Indian Medical Review
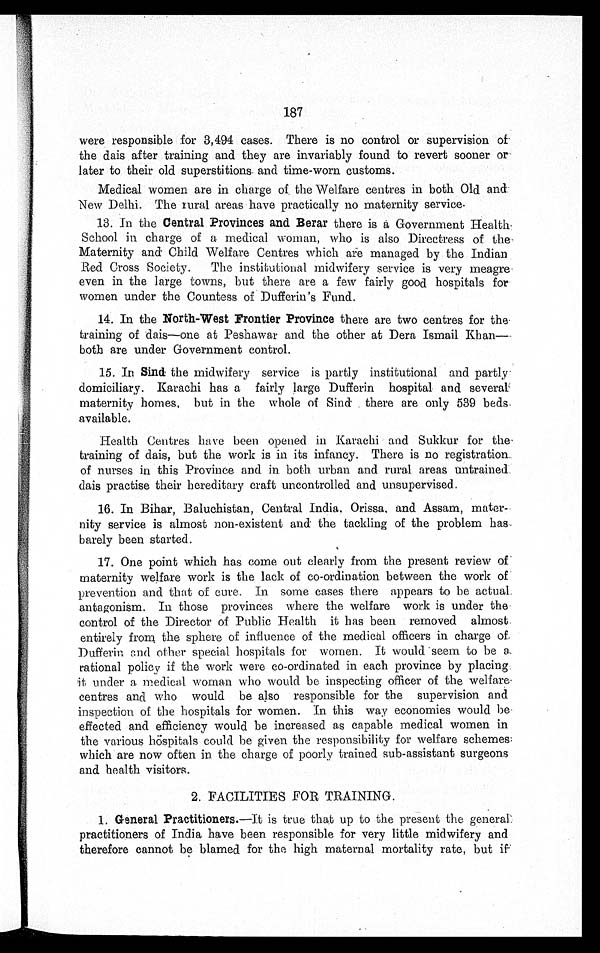
187
were responsible for 3,494 cases. There is no control or supervision of
the dais after training and they are invariably found to revert sooner or
later to their old superstitions and time-worn customs.
Medical women are in charge of the Welfare centres in both Old and
New Delhi. The rural areas have practically no maternity service.
13. In the Central Provinces and Berar there is a Government Health
School in charge of a medical woman, who is also Directress of the
Maternity and Child Welfare Centres which are managed by the Indian
Red Cross Society. The institutional midwifery service is very meagr
e e v e n i n t h e l a r g e t o w n s , b u t t h e r e a r e a f e w f a i r l y g o o d h o s p i t a l s f o r
women under the Countess of Dufferin's Fund.
14.
In the North-West Frontier Province there are two centres for the
training of dais-one at Peshawar and the other at Dera Ismail Khan
- b o t h a r e u n d e r G o v e r n m e n t c o n t r o l .
15.
In Sind the midwifery service is partly institutional and partly
domiciliary. Karachi has a fairly large Dufferin hospital and several
maternity homes, but in the whole of Sind there are only 539 beds
available.
Health Centres have been opened in Karachi and Sukkur for the
training of dais, but the work is in its infancy. There is no registration
of nurses in this Province and in both urban and rural areas untrained
dais practise their hereditary craft uncontrolled and unsupervised.
16.
In Bihar, Baluchistan, Central India, Orissa, and Assam, mater
¬ n i t y s e r v i c e i s a l m o s t n o n - e x i s t e n t a n d t h e t a c k l i n g o f t h e p r o b l e m h a s
barely been started.
17.
One point which has come out clearly from the present review of
maternity welfare work is the lack of co-ordination between the work of
prevention and that of cure. In some cases there appears to be actual
antagonism. In those provinces where the welfare work is under the
control of the Director of Public Health it has been removed almost
entirely from the sphere of influence of the medical officers in charge of
Dufferin and other special hospitals for women. It would seem to be a
rational policy if the work were co-ordinated in each province by placing
it under a medical woman who would be inspecting officer of the welfare
centres and who would be also responsible for the supervision and
inspection of the hospitals for women. In this way economies would be
effected and efficiency would be increased as capable medical women in
the various hospitals could be given the responsibility for welfare schemes
which are now often in the charge of poorly trained sub-assistant surgeons
and health visitors.
2. FACILITIES FOR TRAINING.
1.
General Practitioners. —It is true that up to the present the general
practitioners of India have been responsible for very little midwifery and
therefore cannot be blamed for the high maternal mortality rate, but if